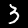
Digit: 3